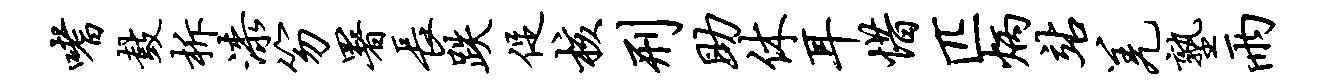
嗜鼓柝漆笏署长跌促核刑助休耳惜匹炳站羌塾雨